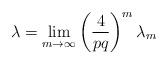
LaTeX: \begin{align*}\lambda = \lim_{m \to \infty} \left(\frac{4}{pq}\right)^{m}\lambda_{m}\end{align*}